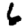
Digit: 6